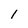
Character: 1